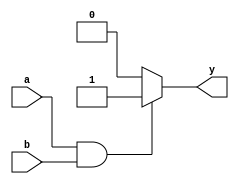
module andgate(a,b,y);
input a,b;
output reg y;
always@(*)
begin
	if(a==1&&b==1)
	y=1;
	else
	y=0;
end
endmodule